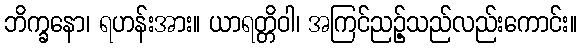
ဘိက္ခနော၊ ရဟန်းအား။ ယာရတ္တိဝါ၊ အကြင်ညဉ့်သည်လည်းကောင်း။